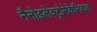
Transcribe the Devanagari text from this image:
नैनोइलेक्ट्रोमेकेनिकल